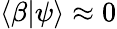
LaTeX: \langle\beta|\psi\rangle\approx 0